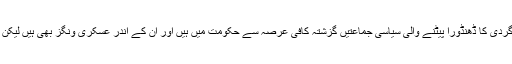
انہوں نے کہا کہ کراچی میں دہشت گردی کا ڈھنڈورا پیٹنے والی سیاسی جماعتیں گزشتہ کافی عرصہ سے حکومت میں ہیں اور ان کے اندر عسکری ونگز بھی ہیں لیکن پھر بھی کارروائی سے گریزاں ہیں۔